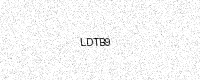
Text: LDTB9